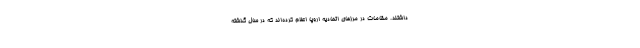
داشتند. مقامات در مرزهای اتحادیه اروپا اعلام کرده‌اند که در سال گذشته